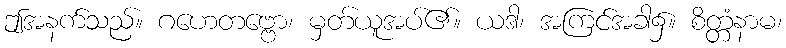
ဤအနက်သည်။ ဂဟေတဗ္ဗော၊ မှတ်ယူအပ်၏။ ယဒါ၊ အကြင်အခါ၌။ စိတ္တံနာမ၊